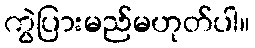
ကွဲပြားမည်မဟုတ်ပါ။